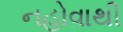
નહોવાથી